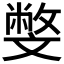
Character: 𣁢